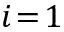
i \! = \! 1